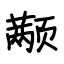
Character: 颟